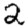
Digit: 2